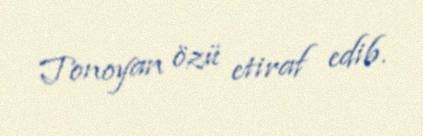
Tonoyan özü etiraf edib.